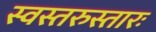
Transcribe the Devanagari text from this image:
स्वस्तरुस्तारः